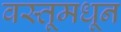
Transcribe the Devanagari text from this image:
वस्तूमधून